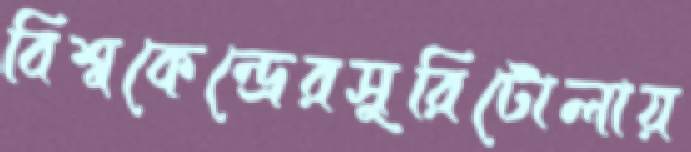
বিশ্বকেন্দ্রেরসুরিটোলায়